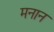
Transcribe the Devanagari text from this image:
मनान